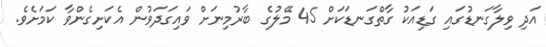
އަދި ވިލާގަނޑުގައި ގަޑިއަކު ގާތްގަނޑަކަށް 45 މޭލުގެ ބާރުމިނަށް ވައިގަދަވުން އެކަށިގެންވާ ކަމަށެވެ.